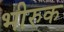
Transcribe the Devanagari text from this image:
भीरुक